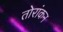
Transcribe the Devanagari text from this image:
तोरांकन